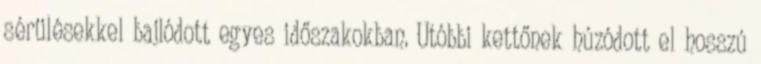
sérülésekkel bajlódott egyes időszakokban. Utóbbi kettőnek húzódott el hosszú